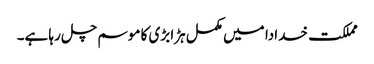
مملکت خدادا میں مکمل ہڑا بڑی کا موسم چل رہا ہے۔